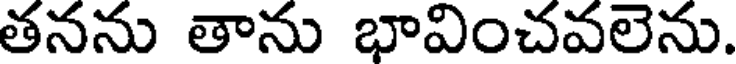
తనను తాను భావించవలెను.